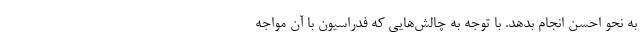
به نحو احسن انجام بدهد. با توجه به چالش‌هایی که فدراسیون با آن مواجه